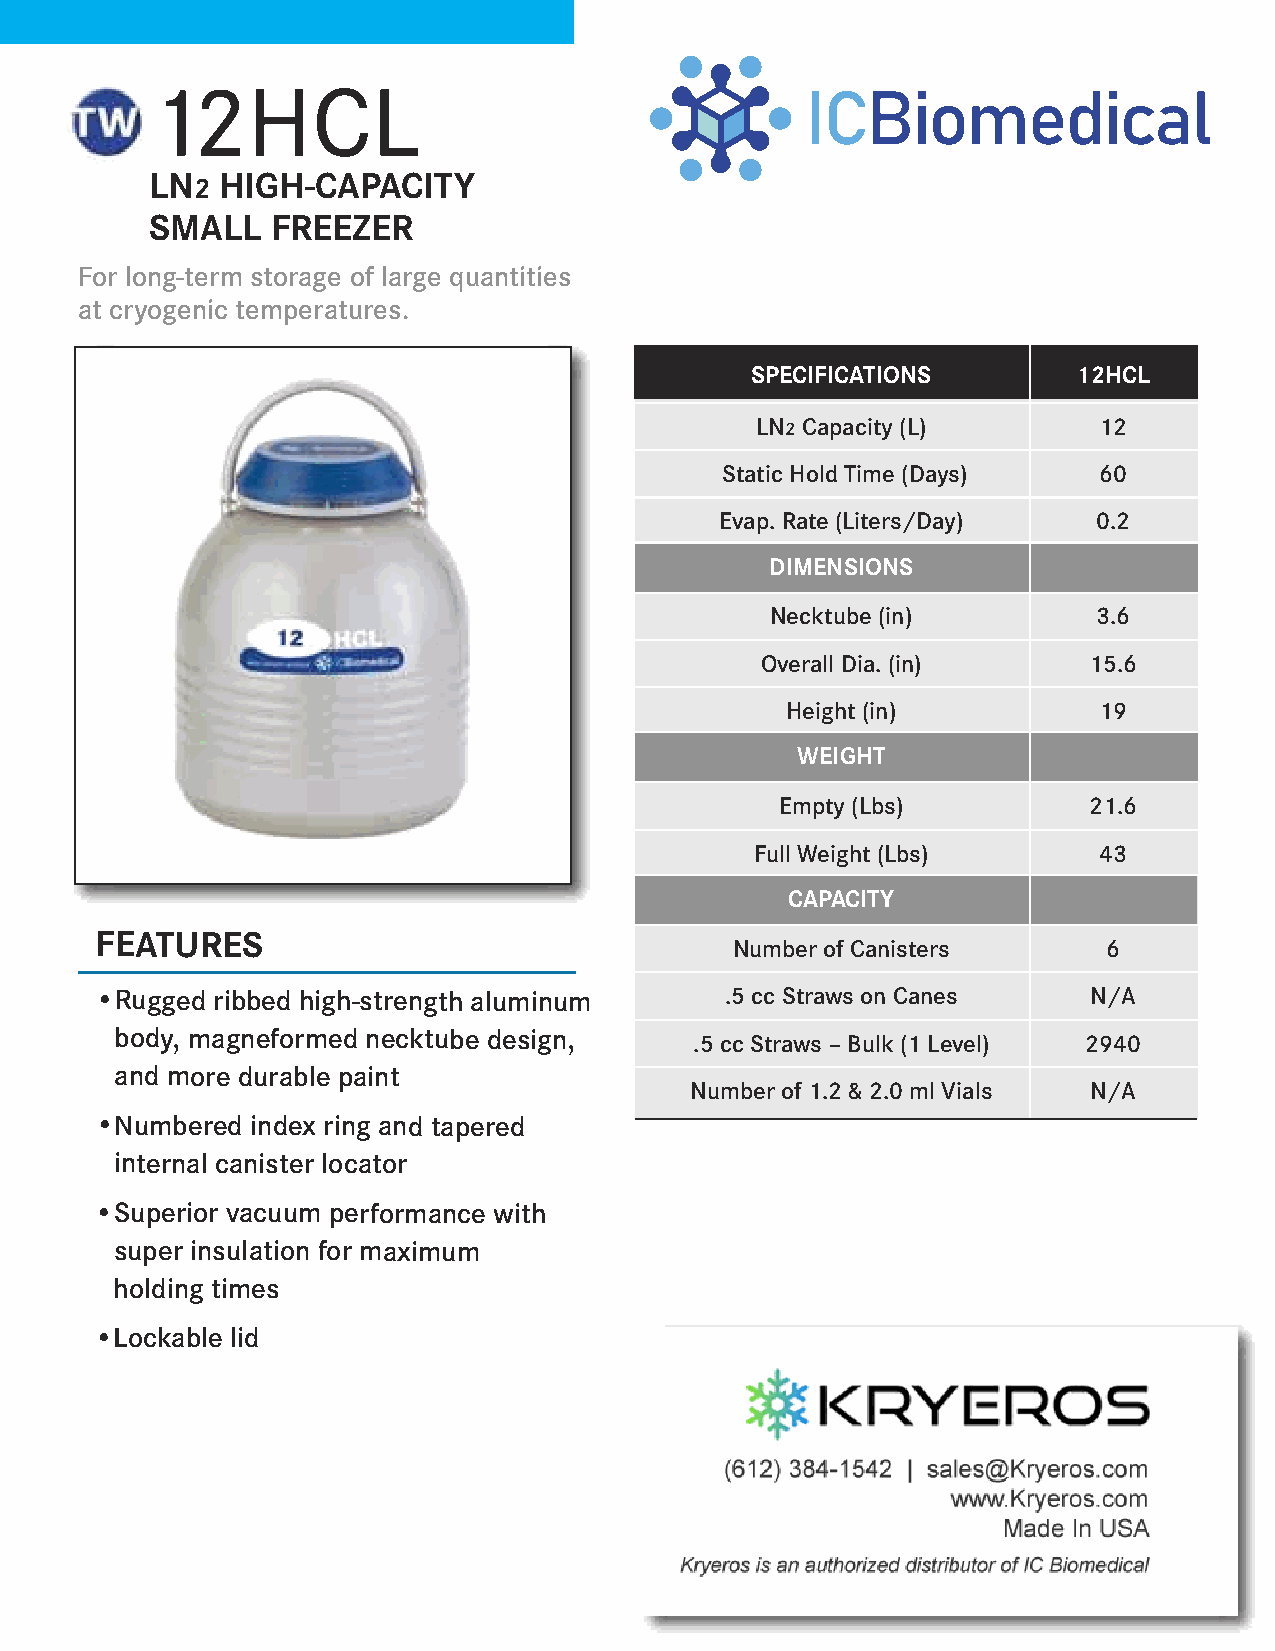
12HCL
 LN   HIGH-CAPACITY
 2
 SMALL   FREEZER
 For long-term storage of large quantities
 at cryogenic temperatures.
 SPECIFICATIONS       12HCL
 LN2 Capacity (L)       12
 Static Hold Time (Days)  60
 Evap. Rate (Liters/Day)  0.2
 DIMENSIONS
 Necktube (in)         3.6
 Overall Dia. (in)     15.6
 Height (in)          19
 WEIGHT
 Empty (Lbs)         21.6
 Full Weight (Lbs)      43
 CAPACITY
 FEATURES
 Number of Canisters     6
 •Rugged ribbed high-strength aluminum     .5 cc Straws on Canes   N/A
 body, magneformed necktube design,    .5 cc Straws – Bulk (1 Level) 2940
 and more durable paint
 Number of 1.2 & 2.0 ml Vials N/A
 •Numbered  index ring and tapered
 internal canister locator
 •Superior vacuum performance with
 super insulation for maximum
 holding times
 •Lockable lid
 KRYEROS
 Authorized Distributor of IC Biomedical
 507-384-9106 • sales@Kryeros.com
 www.Kryeros.com